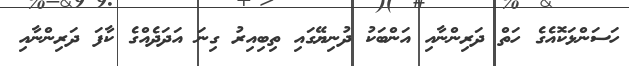
ހަސަންޅަކޮއެގެ ހަތް ދަރިންނާއި އަންބަކު ދުނިޔޭގައި ތިބިއިރު ގިނަ އަދަދެއްގެ ކާފަ ދަރިންނާއި